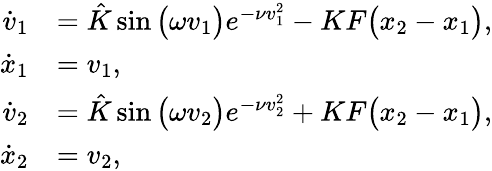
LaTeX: \begin{array}{rl}{\dot{v}_{1}}&{=\hat{K}\sin\big(\omega{v}_{1}\big)e^{-\nu{v}_{1}^{2}}-KF\big({x}_{2}-{x}_{1}\big),}\\ {\dot{x}_{1}}&{=v_{1},}\\ {\dot{v}_{2}}&{=\hat{K}\sin\big(\omega{v}_{2}\big)e^{-\nu{v}_{2}^{2}}+KF\big({x}_{2}-{x}_{1}\big),}\\ {\dot{x}_{2}}&{=v_{2},}\end{array}